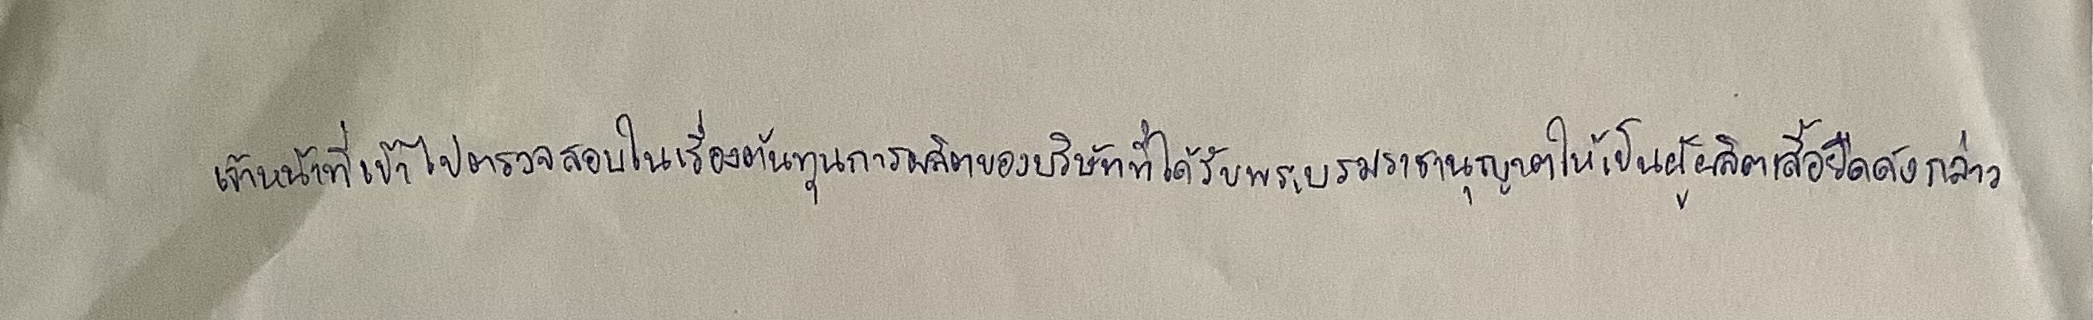
เจ้าหน้าที่เข้าไปตรวจสอบในเรื่องต้นทุนการผลิตของบริษัทที่ได้รับพระบรมราชานุญาตให้เป็นผู้ผลิตเสื้อยืดดังกล่าว